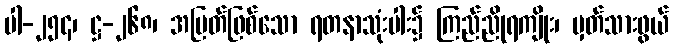
ပါ-၂၅၄၊ ဋ္ဌ-၂၆၈၊ အမြတ်ဖြစ်သော ရတနာသုံးပါး၌ ကြည်ညိုရကျိုး၊ မှတ်သားဖွယ်